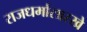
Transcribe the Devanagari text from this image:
राजधर्मासारखे